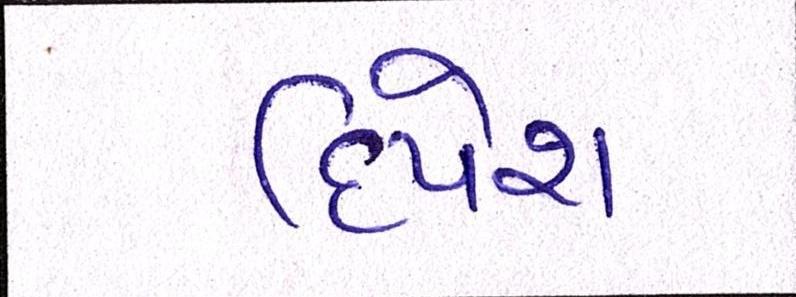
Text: દિપેશ